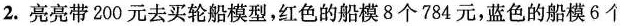
2.亮亮带200元去买轮船模型，红色的船模8个784元，蓝色的船模6个模可以剩余的钱多?多多少元?